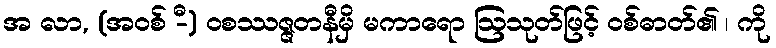
အ လာ, (အဝစ် -ီ) ဝစဿဇ္ဇတနီမှိ မကာရော ဩသုတ်ဖြင့် ဝစ်ဓာတ်၏ ၊ ကို